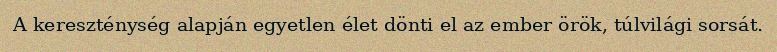
A kereszténység alapján egyetlen élet dönti el az ember örök, túlvilági sorsát.